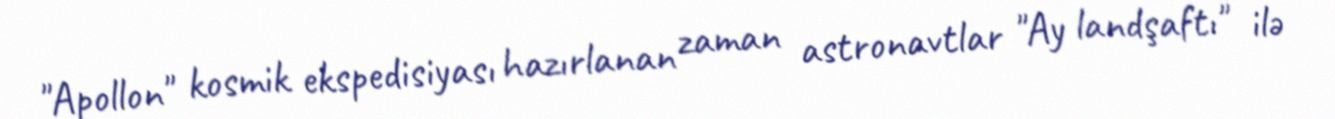
"Apollon" kosmik ekspedisiyası hazırlanan zaman astronavtlar "Ay landşaftı" ilə